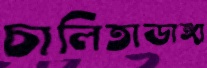
চালিতাডাঙ্গা